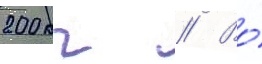
200 кг // Во́